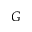
G